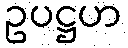
ဥပဋ္ဌဟ